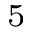
^ 5